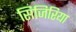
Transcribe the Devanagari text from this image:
सिजिरिया